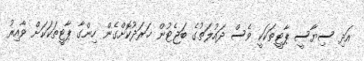
އަދި ސިޔާސީ ޕާޓީތަކަކީ ވެސް ދައުލަތުގެ ބަޖެޓުން ޚަރަދުކޮށްގެން ހިންގާ ޕާޓީތަކަކަށް ވާއިރު